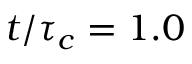
t / \tau _ { c } = 1 . 0